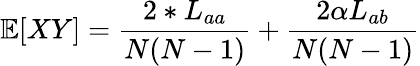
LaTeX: \mathbb{E}[XY]=\frac{2*L_{aa}}{N(N-1)}+\frac{2\alpha L_{ab}}{N(N-1)}